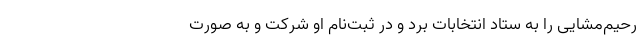
رحیم‌مشایی را به ستاد انتخابات برد و در ثبت‌نام او شرکت و به صورت